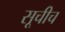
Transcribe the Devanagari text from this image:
सूचीच